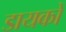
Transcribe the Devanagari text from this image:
डायकों